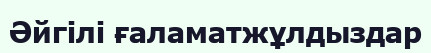
Әйгілі ғаламатжұлдыздар